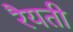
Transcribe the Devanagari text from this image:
रैयती